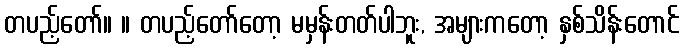
တပည့်တော်။ ။ တပည့်တော်တော့ မမှန်းတတ်ပါဘူး, အများကတော့ နှစ်သိန်းတောင်